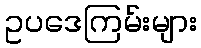
ဥပဒေကြမ်းများ